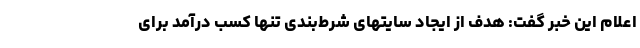
اعلام این خبر گفت: هدف از ایجاد سایتهای شرط‌بندی تنها کسب درآمد برای